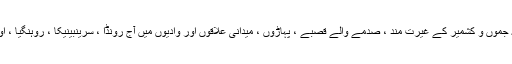
انہوں نے مزید کہا ، “ہندوستانی مقبوضہ جموں و کشمیر کے غیرت مند ، صدمے والے قصبے ، پہاڑوں ، میدانی علاقوں اور وادیوں میں آج رونڈا ، سرینبینیکا ، روہنگیا ، اور گجرات کے پوگرام کی یادیں تازہ ہیں۔